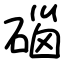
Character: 碯